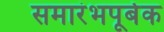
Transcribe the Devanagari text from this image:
समारंभपूर्बक